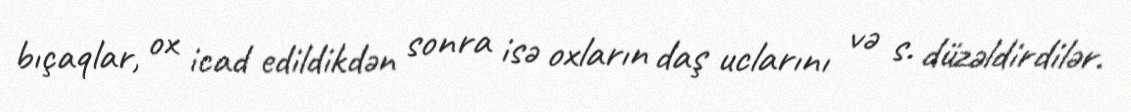
bıçaqlar, ox icad edildikdən sonra isə oxların daş uclarını və s. düzəldirdilər.